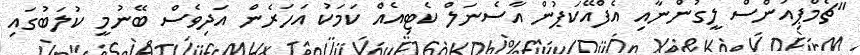
"ޗެމްޕިއަންސް ލީގުންނާއި އެފްއޭކަޕުން އާސެނަލް ކެޓިއެއް ކަމަކު އަހަރެން އަދިވެސް ބޭނުމީ ކުލަބުގައި